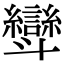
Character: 㪻